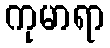
ကုမာရာ